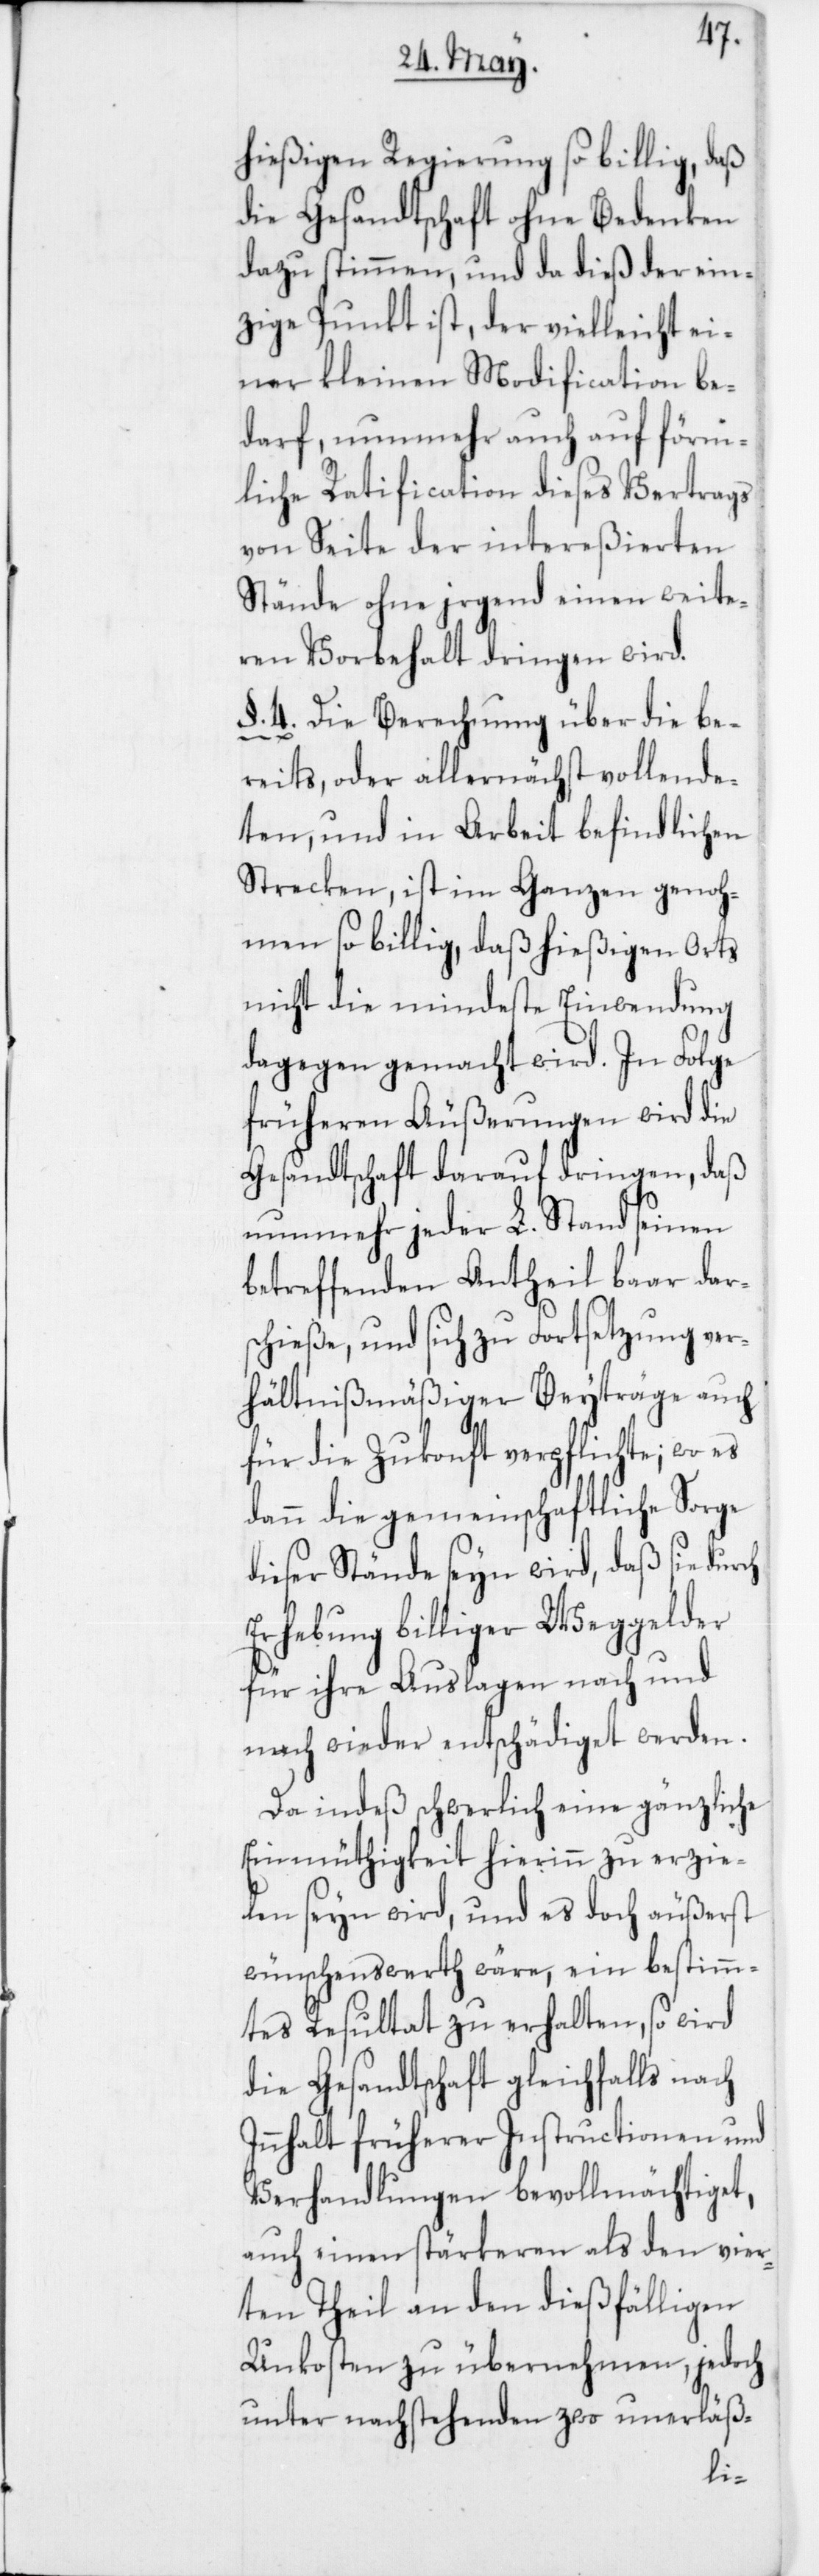
hießigen Regierung so billig, daß
die Gesandtschaft ohne Bedenken
dazu stimmen, und da dieß der ein¬
zige Punkt ist, der vielleicht ei¬
ner kleinen Modification be¬
darf, nunmehr auch auf förm¬
liche Ratfication dieses Vertrags
von Seite der intereßierten
Stände ohne irgend einen weite¬
ren Vorbehalt dringen wird.
§. 4. Die Berechnung über die be¬
reits oder allernächst vollende¬
ten und in Arbeit befindlichen
Strecken, ist im Ganzen genoh¬
men so billig, daß hießigen Orts
nicht die mindeste Einwendung
dagegen gemacht wird. In Folge
früheren Äußerungen wird die
Gesandtschaft darauf dringen, daß
nunmehr jeder L. Stand seinen
betreffenden Antheil baar dar¬
schieße, und sich zu Fortsetzung ver¬
hältnißmäßiger Beyträge auch
für die Zukunft verpflichte; wo es
dann die gemeinschaftliche Sorge
dieser Stände seyn wird, daß sie durch
Erhebung billiger Weggelder
für ihre Auslagen nach und
nach wieder entschädiget werden.
Da indeß schwerlich eine gänzliche
Einmüthigkeit hierinn zu erzie¬
len seyn wird, und es doch äußerst
wünschenswerth wäre, ein bestimm¬
tes Resultat zu erhalten, so wird
die Gesandtschaft gleichfalls nach
Innhalt früherer Instructionen und
Verhandlungen bevollmächtiget,
auch einen stärkeren als den vier¬
ten Theil an den dießfälligen
Unkosten zu übernehmen, jedoch
unter nachstehenden zwo unerläß-